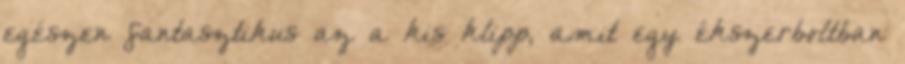
egészen fantasztikus az a kis klipp, amit egy ékszerboltban